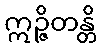
ဣဉ္ဇိတန္တိ